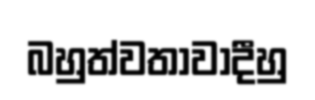
බහුත්වතාවාදීහු